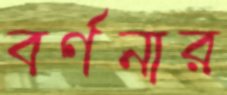
বর্ণনার